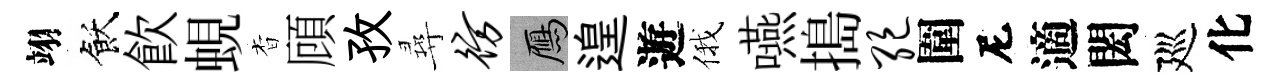
翊飫飮蜆杳頋孜尋彷鴈遑遊俄嚥搗绝圍尼適閎廵化